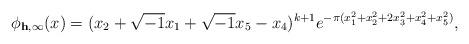
LaTeX: \begin{align*} \phi_{\mathbf h,\infty}(x) = (x_2 + \sqrt{-1}x_1 + \sqrt{-1}x_5 - x_4)^{k+1}e^{-\pi(x_1^2+x_2^2+2x_3^2+x_4^2+x_5^2)},\end{align*}